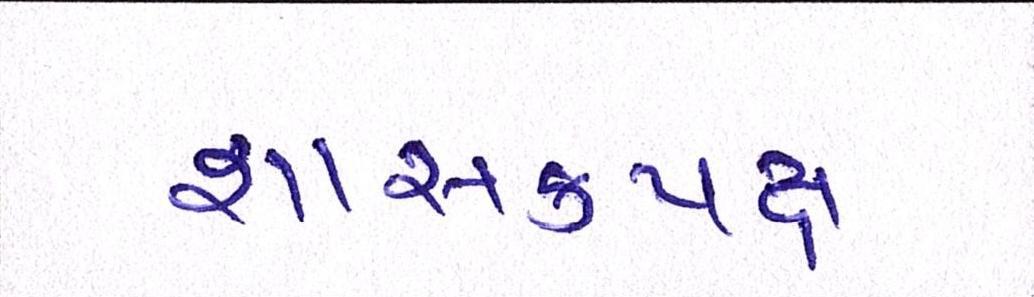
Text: શાસકપક્ષ